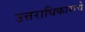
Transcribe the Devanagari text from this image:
उत्तराधिकाराचे